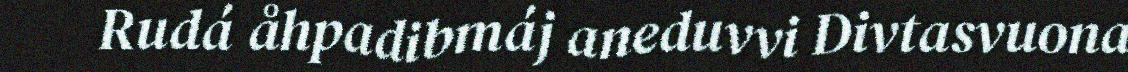
Rudá åhpadibmáj aneduvvi Divtasvuona